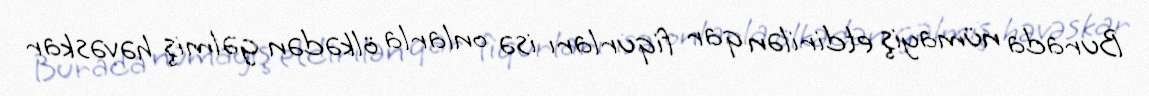
Burada nümayiş etdirilən qar fiqurları isə onlarla ölkədən gəlmiş həvəskar